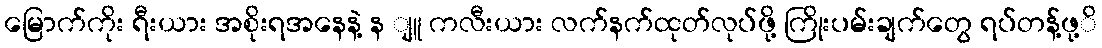
မြောက်ကိုး ရီးယား အစိုးရအနေနဲ့ န ျူ ကလီးယား လက်နက်ထုတ်လုပ်ဖို့ ကြိုးပမ်းချက်တွေ ရပ်တန့်ဖု့ိ